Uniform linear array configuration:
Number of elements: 48
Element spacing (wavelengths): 0.25
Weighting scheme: hamming
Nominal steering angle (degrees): -45
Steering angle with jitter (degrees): -44.496
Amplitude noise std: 0.05
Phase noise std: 0.05

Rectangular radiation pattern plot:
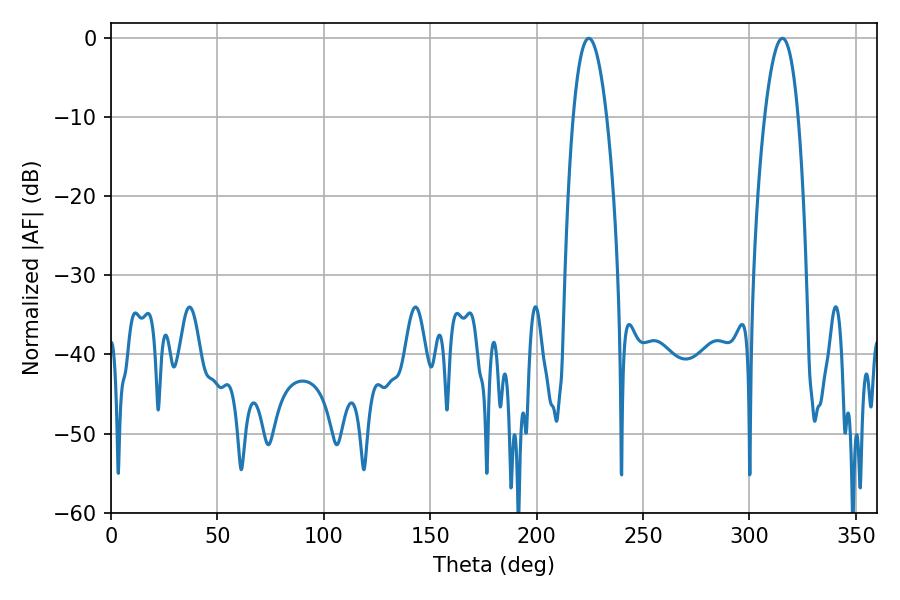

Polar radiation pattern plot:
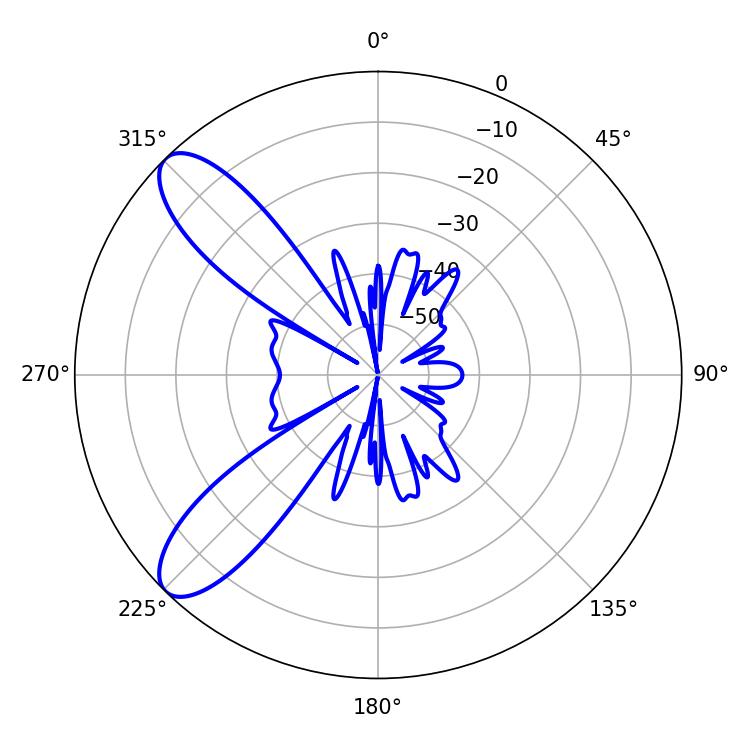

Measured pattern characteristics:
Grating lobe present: FALSE
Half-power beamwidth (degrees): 8.64
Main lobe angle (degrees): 224.46